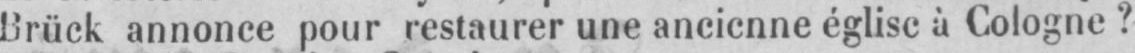
Brück annonce pour restaurer une ancienne église à Cologne?